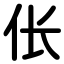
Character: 伥